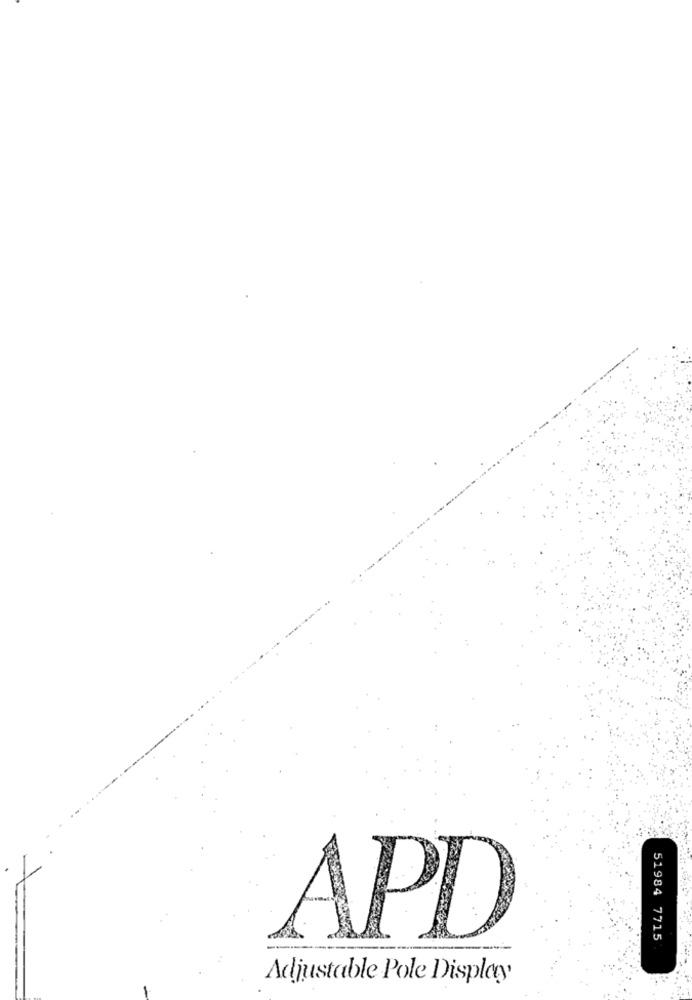
APD
51984 7715
Adjustable Pole Display'